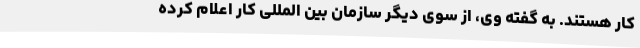
کار هستند. به گفته وی، از سوی دیگر سازمان بین المللی کار اعلام کرده